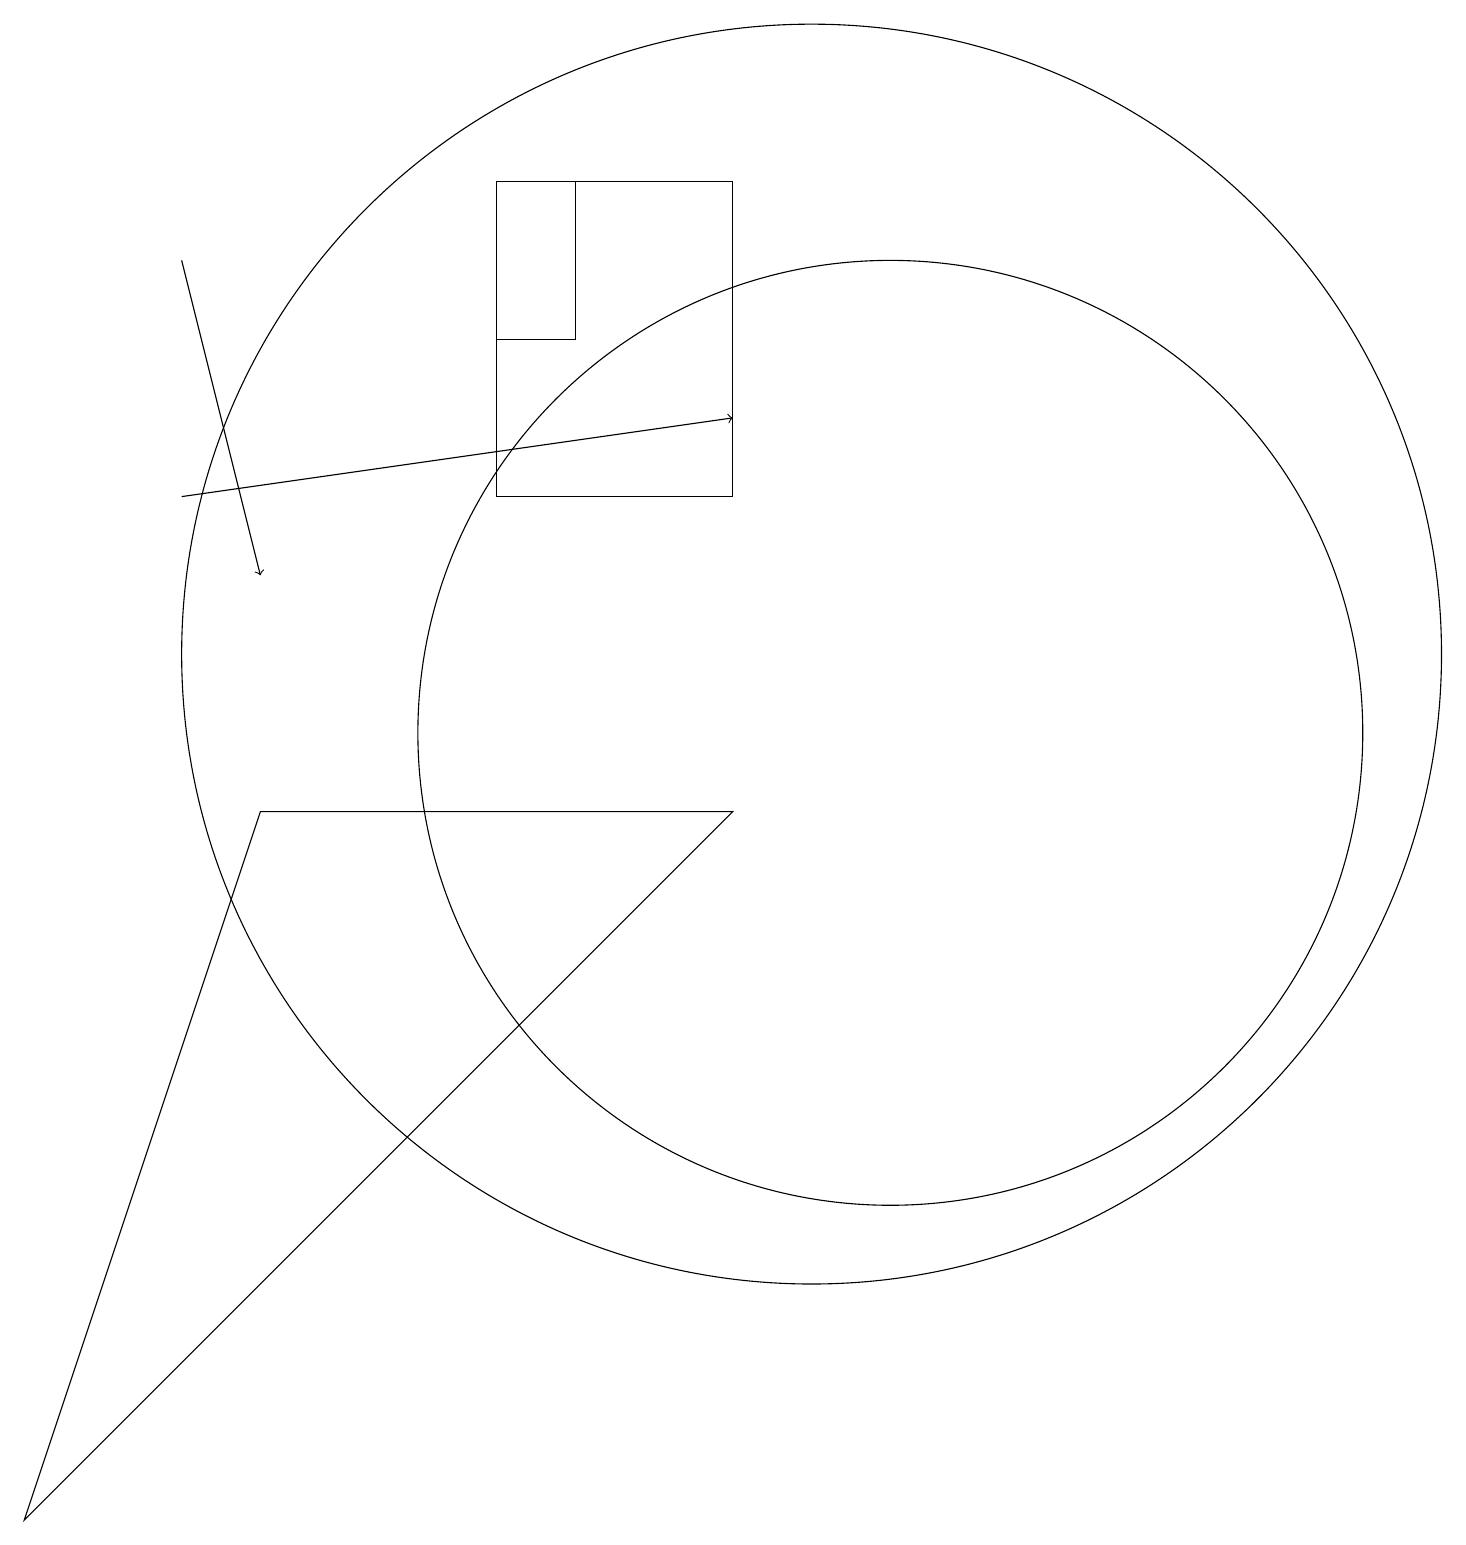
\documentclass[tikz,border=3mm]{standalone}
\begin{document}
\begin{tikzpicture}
\draw (3,9) -- (9,9) -- (0,0) -- cycle;
\draw (11,10) circle (6);
\draw (7,15) rectangle (6,17);
\draw (10,11) circle (8);
\draw[->] (2,13) -- (9,14);
\draw[->] (2,16) -- (3,12);
\draw (6,17) rectangle (9,13);
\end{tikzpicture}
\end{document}